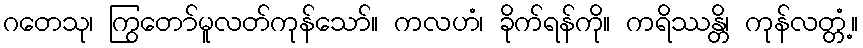
ဂတေသု၊ ကြွတော်မူလတ်ကုန်သော်။ ကလဟံ၊ ခိုက်ရန်ကို။ ကရိဿန္တိ၊ ကုန်လတ္တံ့။